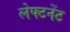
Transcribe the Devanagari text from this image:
लेफ्टनेंट